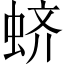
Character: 蛴